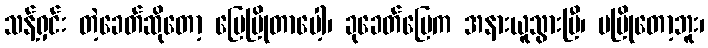
သန့်ရှင်း တဲ့ခေတ်ဆိုတော့ မြေမြိုတာပေါ့၊ ခုခေတ်မြေက အနားယူသွားပြီ၊ မမြိုတော့ဘူး၊